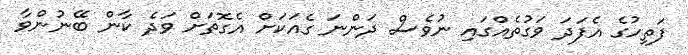
ފަތިހުގެ އެފަދަ ވަގުތެއްގައި ނުވެސް ދަންނަ ގެއަކަށް އެގޮތަށް ވަދެ ކާން ބޭނުންވާ